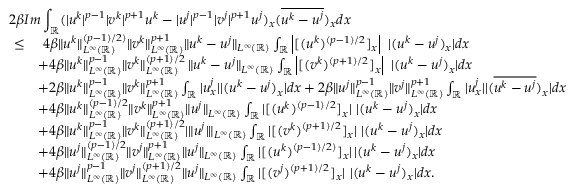
\begin{array} { r l } { 2 \beta \lefteqn { I m \int _ { \mathbb { R } } ( | u ^ { k } | ^ { p - 1 } | v ^ { k } | ^ { p + 1 } u ^ { k } - | u ^ { j } | ^ { p - 1 } | v ^ { j } | ^ { p + 1 } u ^ { j } ) _ { x } ( \overline { { u ^ { k } - u ^ { j } } } ) _ { x } d x } } \\ { \leq } & { \ 4 \beta \| u ^ { k } \| _ { L ^ { \infty } ( \mathbb { R } ) } ^ { ( p - 1 ) / 2 ) } \| v ^ { k } \| _ { L ^ { \infty } ( \mathbb { R } ) } ^ { p + 1 } \| u ^ { k } - u ^ { j } \| _ { L ^ { \infty } ( \mathbb { R } ) } \int _ { \mathbb { R } } \left| [ ( u ^ { k } ) ^ { ( p - 1 ) / 2 } ] _ { x } \right| \ | ( u ^ { k } - u ^ { j } ) _ { x } | d x } \\ & { + 4 \beta \| u ^ { k } \| _ { L ^ { \infty } ( \mathbb { R } ) } ^ { p - 1 } \| v ^ { k } \| _ { L ^ { \infty } ( \mathbb { R } ) } ^ { ( p + 1 ) / 2 } \, \| u ^ { k } - u ^ { j } \| _ { L ^ { \infty } ( \mathbb { R } ) } \int _ { \mathbb { R } } \left| [ ( v ^ { k } ) ^ { ( p + 1 ) / 2 } ] _ { x } \right| \ | ( u ^ { k } - u ^ { j } ) _ { x } | d x } \\ & { + 2 \beta \| u ^ { k } \| _ { L ^ { \infty } ( \mathbb { R } ) } ^ { p - 1 } \| v ^ { k } \| _ { L ^ { \infty } ( \mathbb { R } ) } ^ { p + 1 } \int _ { \mathbb { R } } | u _ { x } ^ { j } | | ( u ^ { k } - u ^ { j } ) _ { x } | d x + 2 \beta \| u ^ { j } \| _ { L ^ { \infty } ( \mathbb { R } ) } ^ { p - 1 } \| v ^ { j } \| _ { L ^ { \infty } ( \mathbb { R } ) } ^ { p + 1 } \int _ { \mathbb { R } } | u _ { x } ^ { j } | | ( \overline { { u ^ { k } - u ^ { j } } } ) _ { x } | d x } \\ & { + 4 \beta \| u ^ { k } \| _ { L ^ { \infty } ( \mathbb { R } ) } ^ { ( p - 1 ) / 2 } \| v ^ { k } \| _ { L ^ { \infty } ( \mathbb { R } ) } ^ { p + 1 } \| u ^ { j } \| _ { L ^ { \infty } ( \mathbb { R } ) } \int _ { \mathbb { R } } | [ ( u ^ { k } ) ^ { ( p - 1 ) / 2 } ] _ { x } | \ | ( u ^ { k } - u ^ { j } ) _ { x } | d x } \\ & { + 4 \beta \| u ^ { k } \| _ { L ^ { \infty } ( \mathbb { R } ) } ^ { p - 1 } \| v ^ { k } \| _ { L ^ { \infty } ( \mathbb { R } ) } ^ { ( p + 1 ) / 2 } | \| u ^ { j } | \| _ { L ^ { \infty } ( \mathbb { R } ) } \int _ { \mathbb { R } } | [ ( v ^ { k } ) ^ { ( p + 1 ) / 2 } ] _ { x } | \ | ( u ^ { k } - u ^ { j } ) _ { x } | d x } \\ & { + 4 \beta \| u ^ { j } \| _ { L ^ { \infty } ( \mathbb { R } ) } ^ { ( p - 1 ) / 2 } \| v ^ { j } \| _ { L ^ { \infty } ( \mathbb { R } ) } ^ { p + 1 } \| u ^ { j } \| _ { L ^ { \infty } ( \mathbb { R } ) } \int _ { \mathbb { R } } | [ ( u ^ { k } ) ^ { ( p - 1 ) / 2 ) } ] _ { x } | \, | ( u ^ { k } - u ^ { j } ) _ { x } | d x } \\ & { + 4 \beta \| u ^ { j } \| _ { L ^ { \infty } ( \mathbb { R } ) } ^ { p - 1 } \| v ^ { j } \| _ { L ^ { \infty } ( \mathbb { R } ) } ^ { ( p + 1 ) / 2 } \| u ^ { j } \| _ { L ^ { \infty } ( \mathbb { R } ) } \int _ { \mathbb { R } } | [ ( v ^ { j } ) ^ { ( p + 1 ) / 2 } ] _ { x } | \ | ( u ^ { k } - u ^ { j } ) _ { x } | d x . } \end{array}